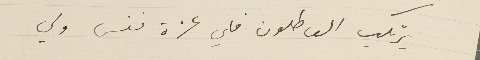
يرتكب العاطلون فلي عزة نفس ولي